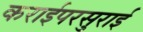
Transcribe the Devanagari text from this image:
कराईपरसुराई